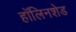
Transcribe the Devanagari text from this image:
हॉलिनशेड